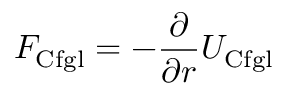
F _ { \mathrm { C f g l } } = - { \frac { \partial } { \partial r } } { U } _ { \mathrm { C f g l } }